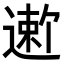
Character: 𬨻